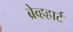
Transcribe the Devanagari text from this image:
ब्रेव्हहार्ट